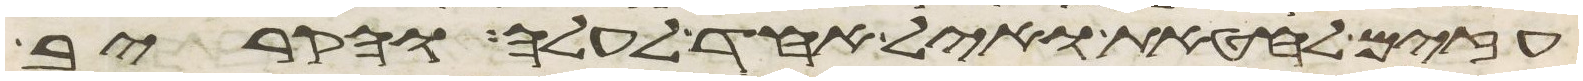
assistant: עזים לחטאת ואיל אחד לעלה והקריב